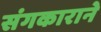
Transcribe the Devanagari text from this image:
संगकाराने